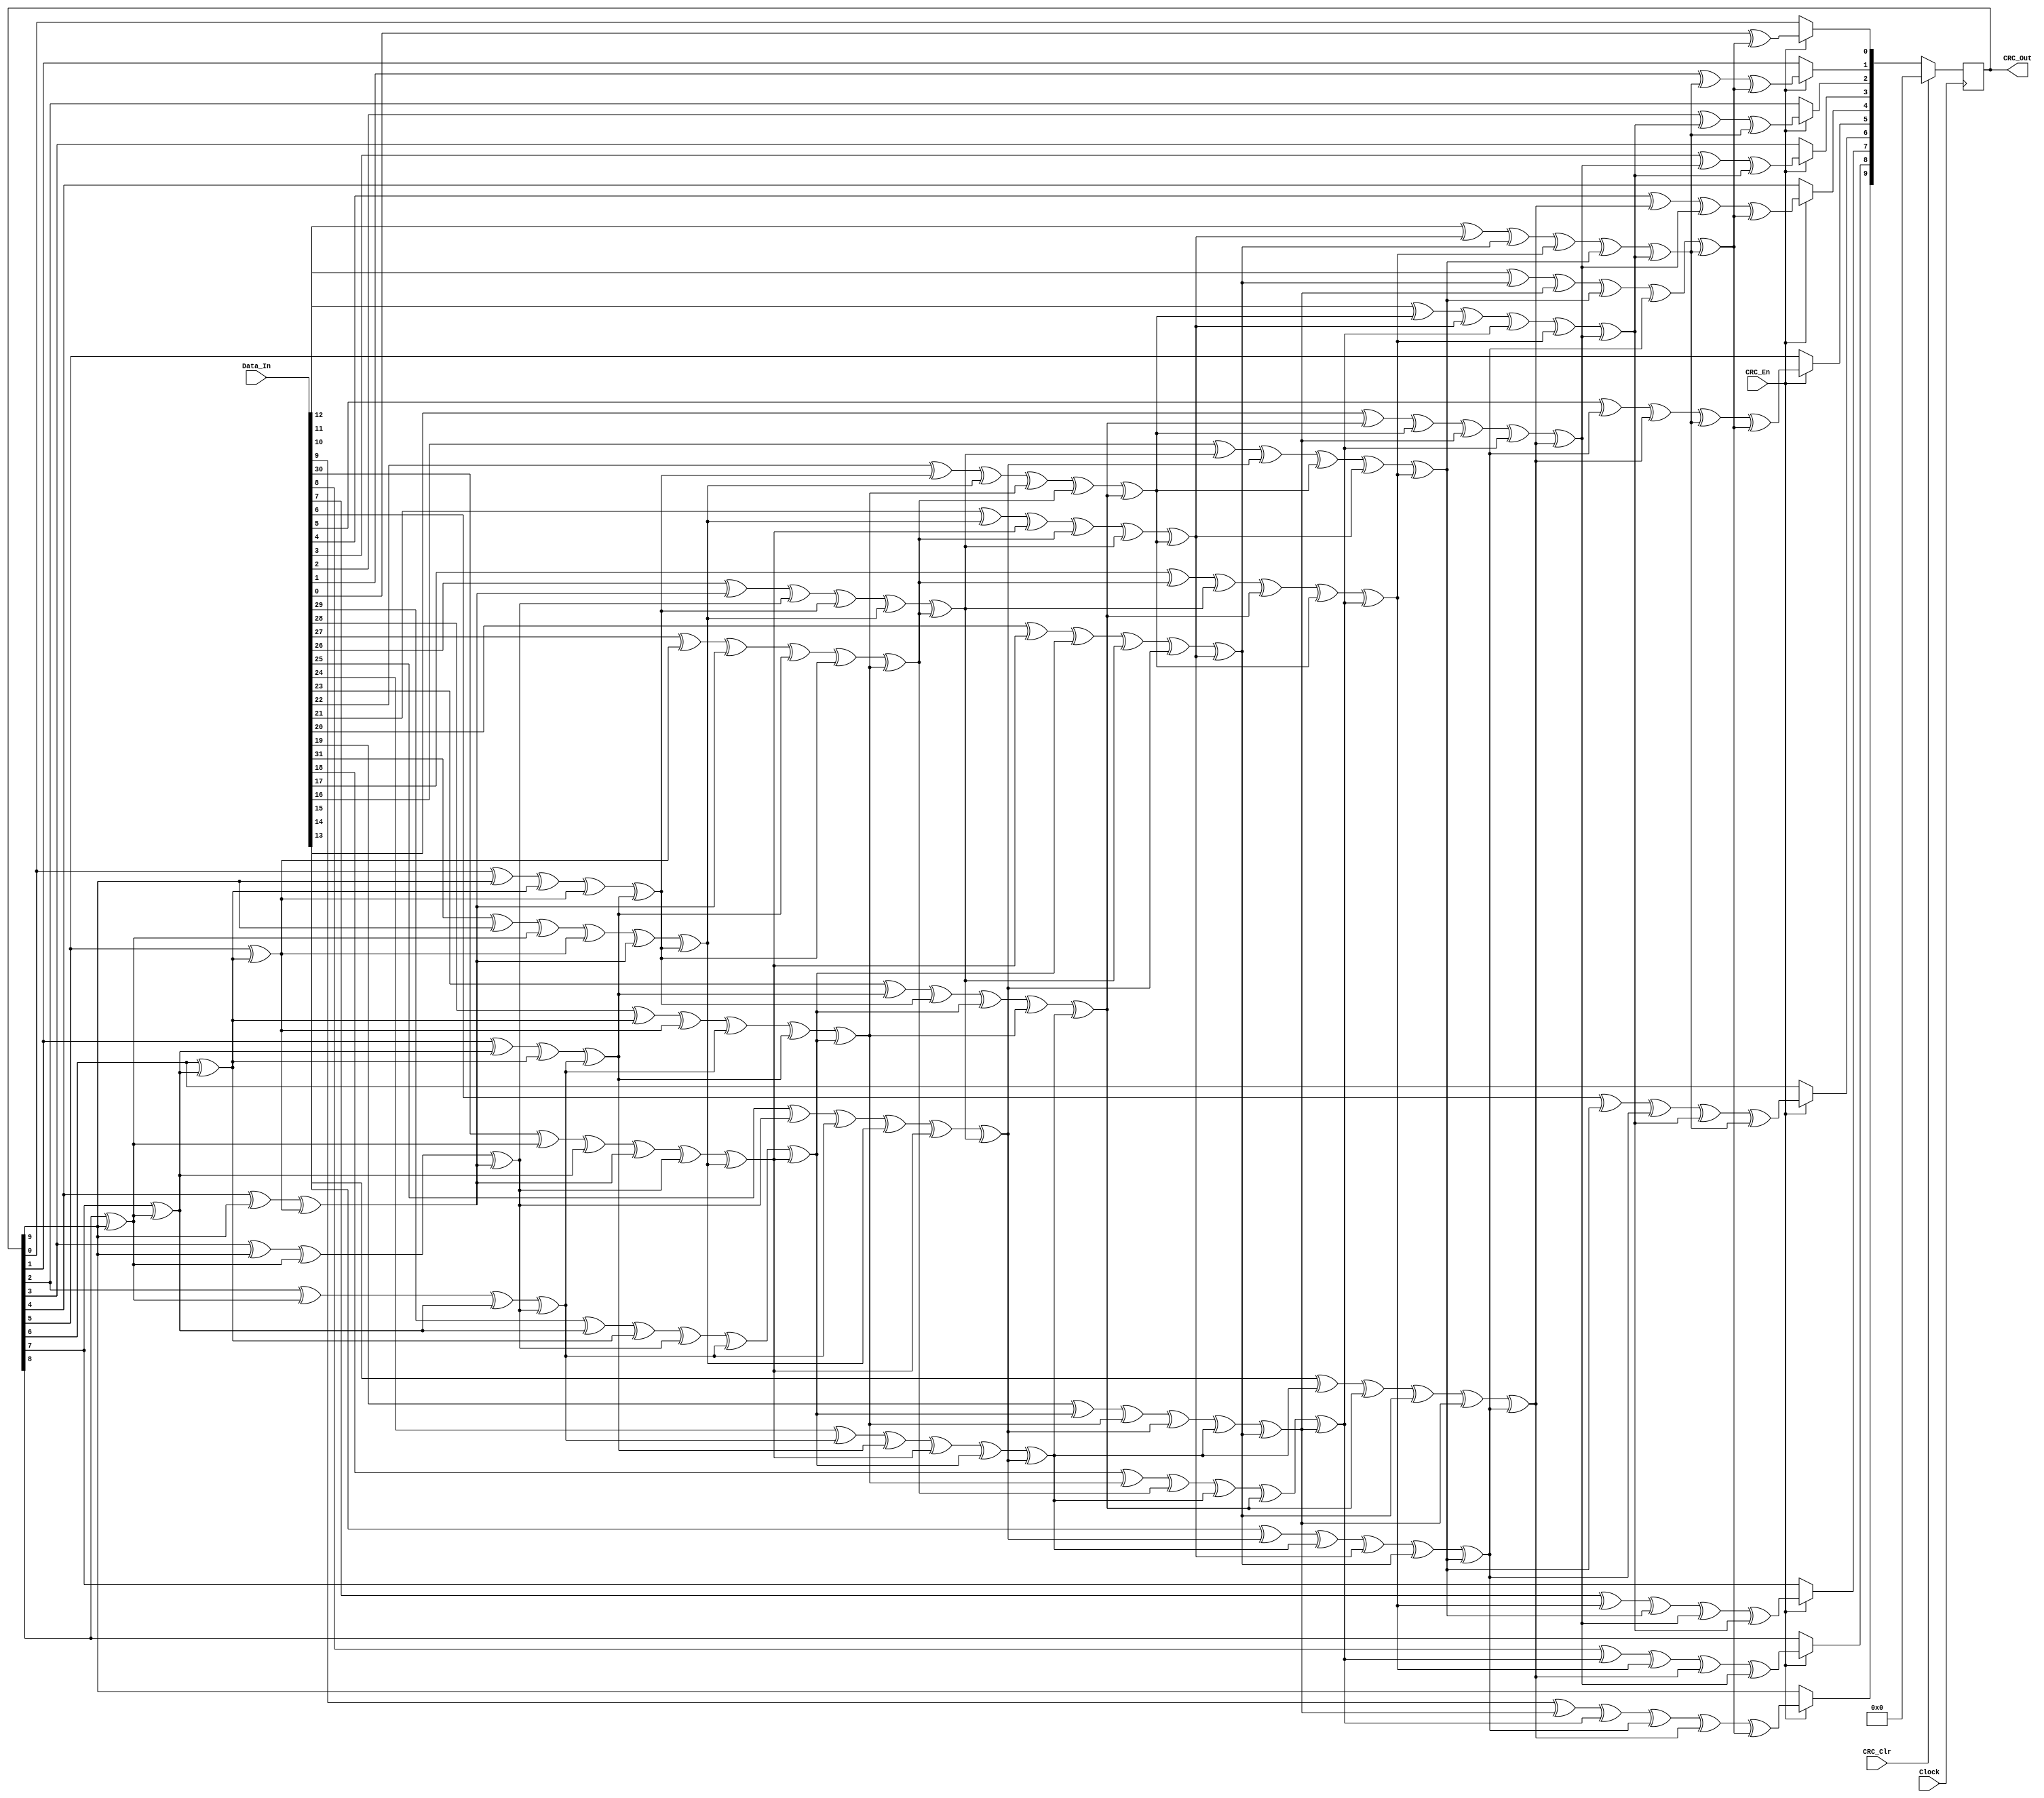
module CRCCYC(Clock,Data_In,CRC_En,CRC_Clr,CRC_Out);
input Clock,CRC_En,CRC_Clr;
input [31:0] Data_In;
output [9:0] CRC_Out;
reg [9:0] CRC_Temp;
reg crcfb;
integer i;
always @(posedge Clock) begin
    if(CRC_Clr)
        begin
          CRC_Temp=0;
        end
    else if(CRC_En)
        begin
          for(i=31;i>=0;i=i-1)
          begin
            crcfb = CRC_Temp[9];
            CRC_Temp[9] = CRC_Temp[8]^crcfb;
            CRC_Temp[8] = CRC_Temp[7];
            CRC_Temp[7] = CRC_Temp[6];
            CRC_Temp[6] = CRC_Temp[5];
            CRC_Temp[5] = CRC_Temp[4]^crcfb;
            CRC_Temp[4] = CRC_Temp[3]^crcfb;
            CRC_Temp[3] = CRC_Temp[2];
            CRC_Temp[2] = CRC_Temp[1];
            CRC_Temp[1] = CRC_Temp[0]^crcfb;
            CRC_Temp[0] = Data_In[i]^crcfb;
          end
        end 
end 
assign CRC_Out = CRC_Temp;
endmodule